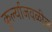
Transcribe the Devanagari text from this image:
कुर्ल्याजवळील